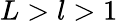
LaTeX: L>l>1